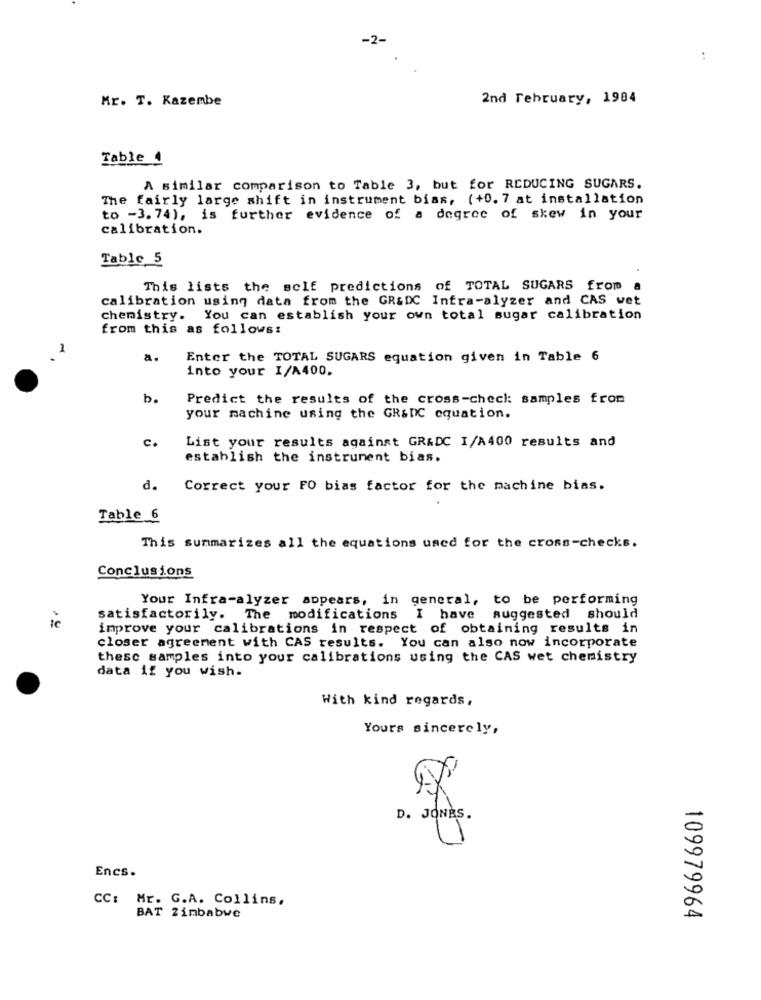
-2-
Mr. T. Kazembe
2nd February, 1984
Table 4
A similar comparison to Table 3, but for REDUCING SUGARS.
The fairly large shift in instrument bias, (+0. 7 at installation
to -3. 74), is further evidence of a degree of skew in your
calibration.
Table 5
This lists the self predictions of TOTAL SUGARS from a
calibration using data from the GR&DC Infra-alyzer and CAS vet
chemistry. You can establish your own total sugar calibration
from this as follows:
Enter the TOTAL SUGARS equation given in Table 6
into your I/A400.
b.
Predict the results of the cross-check: samples from
your machine using the GR&DC equation.
C.
List your results against GRADC I/A400 results and
establish the instrument bias.
d.
Correct your FO bias factor for the machine bias.
Table 6
This summarizes all the equations used for the cross-checks.
Conclusions
Your Infra-alyzer appears, in general, to be performing
satisfactorily. The modifications I have suggested should
ic
improve your calibrations in respect of obtaining results in
closer agreement with CAS results. You can also now incorporate
thesc samples into your calibrations using the CAS wet chemistry
data if you wish.
With kind regards,
Yours sincerely,
D. JONES.
Encs.
CC: Mr. G.A. Collins,
BAT Zimbabwe
109979964